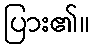
ပြား၏။